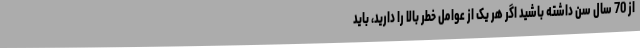
از 70 سال سن داشته باشید اگر هر یک از عوامل خطر بالا را دارید، باید